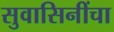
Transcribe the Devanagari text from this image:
सुवासिनींचा